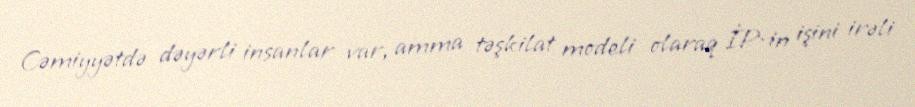
Cəmiyyətdə dəyərli insanlar var, amma təşkilat modeli olaraq İP-in işini irəli